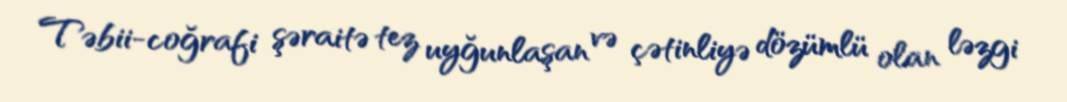
Təbii-coğrafi şəraitə tez uyğunlaşan və çətinliyə dözümlü olan ləzgi